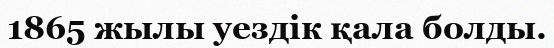
1865 жылы уездік қала болды.